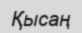
Қысаң